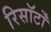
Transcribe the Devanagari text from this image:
रिसॉर्टों